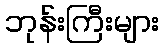
ဘုန်းကြီးများ